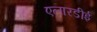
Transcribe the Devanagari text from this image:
एलारडीई